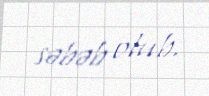
səbəb olub.